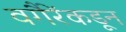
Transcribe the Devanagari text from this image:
वगैरेंकडून